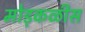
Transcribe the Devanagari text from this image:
मोड़कळीस